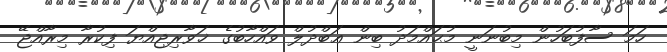
ހަމަ ސާފުބަހުން މިބުނަނީ މުޙައްމަދު ބިން ޢަބްދުލް ވައްހާބުގެ ޚަވާރިޖިއްޔަ ފިކުރާ މިރާއްޖޭ